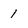
Character: 1